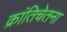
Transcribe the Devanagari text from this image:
क्रांतिचेतना